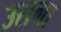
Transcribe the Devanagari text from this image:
उरागा